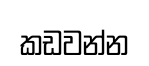
කඩවන්න